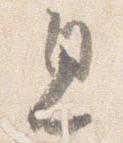
見